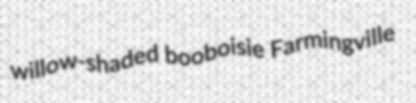
willow-shaded booboisie Farmingville